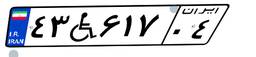
۴۳W۶۱۷۰۴